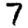
Digit: 7